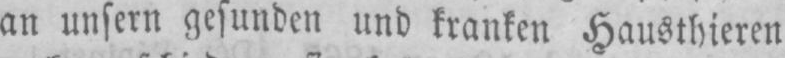
an unsern gesunden und kranken Hausthieren